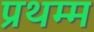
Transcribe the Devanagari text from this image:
प्रथम्म